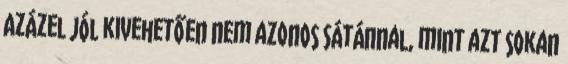
Azázel jól kivehetően nem azonos Sátánnal, mint azt sokan